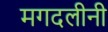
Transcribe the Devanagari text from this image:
मगदलीनी